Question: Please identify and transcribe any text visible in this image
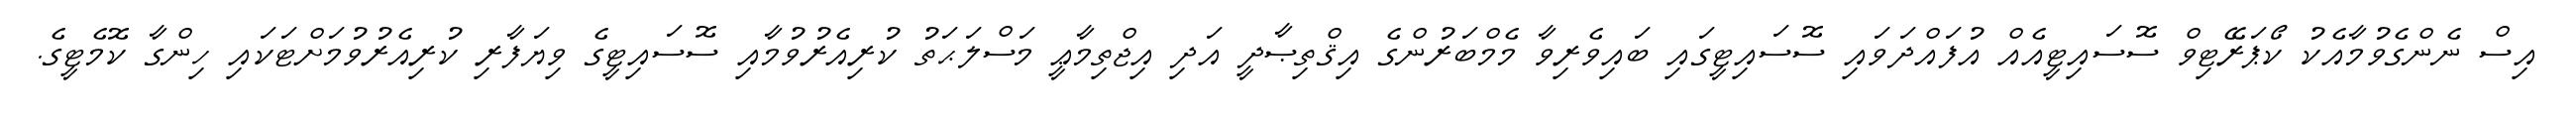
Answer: އިސް ނެންގެވުމާއެކު ކޯޕަރޭޓިވް ސޮސައިޓީއެއް އުފައްދަވައި ސޮސައިޓީގައި ބައިވެރިވާ މެމްބަރުންގެ އިޤްތިޞާދީ އަދި އިޖްތިމާޢީ މަސްލަޙަތު ކުރިއެރުވުމާއި ސޮސައިޓީގެ ވިޔަފާރި ކުރިއެރުވުމަށްޓަކައި ހިންގާ ކޮމެޓީގެ.